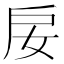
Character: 𢨭